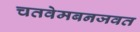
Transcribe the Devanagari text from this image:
चतवेमबनजवत